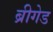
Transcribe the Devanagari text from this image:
ब्रीगेड